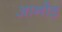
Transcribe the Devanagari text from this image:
आनौड़